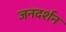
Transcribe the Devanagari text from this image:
जनदर्शन